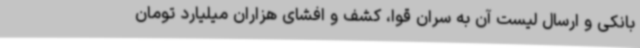
بانکی و ارسال لیست آن به سران قوا، کشف و افشای هزاران میلیارد تومان